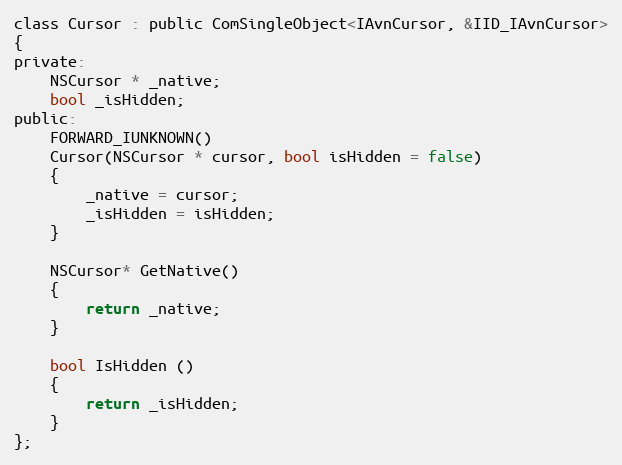
Language: C
class Cursor : public ComSingleObject<IAvnCursor, &IID_IAvnCursor>
{
private:
    NSCursor * _native;
    bool _isHidden;
public:
    FORWARD_IUNKNOWN()
    Cursor(NSCursor * cursor, bool isHidden = false)
    {
        _native = cursor;
        _isHidden = isHidden;
    }

    NSCursor* GetNative()
    {
        return _native;
    }

    bool IsHidden ()
    {
        return _isHidden;
    }
};